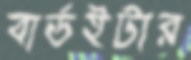
বার্ডইটার